Second report of the anti-malarial operations at Mian Mir, 1901-1903 - Number 9
Year: 1901
Disease focus: Malaria
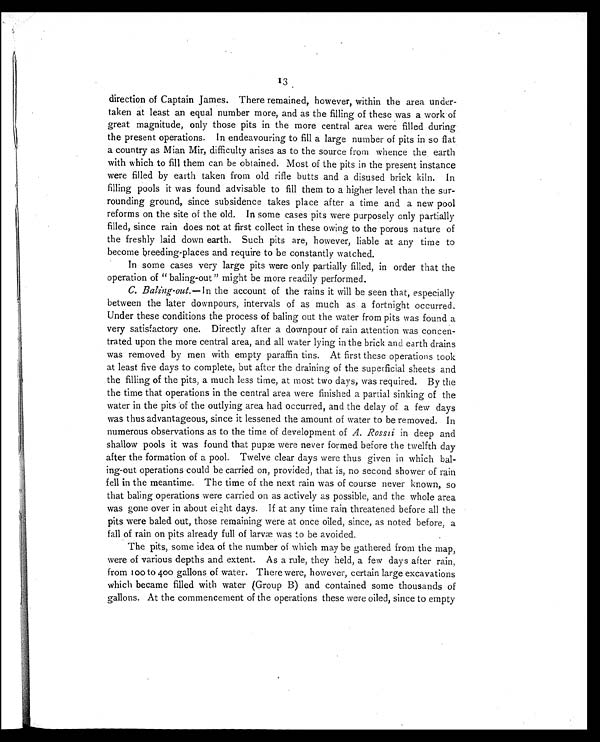
13
direction of Captain James. There remained, however, within the area under-
taken at least an equal number more, and as the filling of these was a work of
great magnitude, only those pits in the more central area were filled during
the present operations. In endeavouring to fill a large number of pits in so flat
a country as Mian Mir, difficulty arises as to the source from whence the earth
with which to fill them can be obtained. Most of the pits in the present instance
were filled by earth taken from old rifle butts and a disused brick kiln. In
filling pools it was found advisable to fill them to a higher level than the sur-
rounding ground, since subsidence takes place after a time and a new pool
reforms on the site of the old. In some cases pits were purposely only partially
filled, since rain does not at first collect in these owing to the porous nature of
the freshly laid down earth. Such pits are, however, liable at any time to
become breeding-places and require to be constantly watched.
In some cases very large pits were only partially filled, in order that the
operation of " baling-out" might be more readily performed.
C. Baling-out—1n the account of the rains it will be seen that, especially
between the later downpours, intervals of as much as a fortnight occurred.
Under these conditions the process of baling out the water from pits was found a
very satisfactory one. Directly after a downpour of rain attention was concen-
trated upon the more central area, and all water lying in the brick and earth drains
was removed by men with empty paraffin tins. At first these operations took
at least five days to complete, but after the draining of the superficial sheets and
the filling of the pits, a much less time, at most two days, was required. By the
the time that operations in the central area were finished a partial sinking of the
water in the pits of the outlying area had occurred, and the delay of a few days
was thus advantageous, since it lessened the amount of water to be removed. In
numerous observations as to the time of development of A. Rossii in deep and
shallow pools it was found that pupæ were never formed before the twelfth day
after the formation of a pool. Twelve clear days were thus given in which bal-
ing-out operations could be carried on, provided, that is, no second shower of rain
fell in the meantime. The time of the next rain was of course never known, so
that baling operations were carried on as actively as possible, and the whole area
was gone over in about eight days. If at any time rain threatened before all the
pits were baled out, those remaining were at once oiled, since, as noted before, a
fall of rain on pits already full of larvæ was to be avoided.
The pits, some idea of the number of which may be gathered from the map,
were of various depths and extent. As a rule, they held, a few days after rain,
from 100 to 400 gallons of water. There were, however, certain large excavations
which became filled with water (Group B) and contained some thousands of
gallons. At the commencement of the operations these were oiled, since to empty